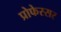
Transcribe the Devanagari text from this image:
प्रोफेस्सर